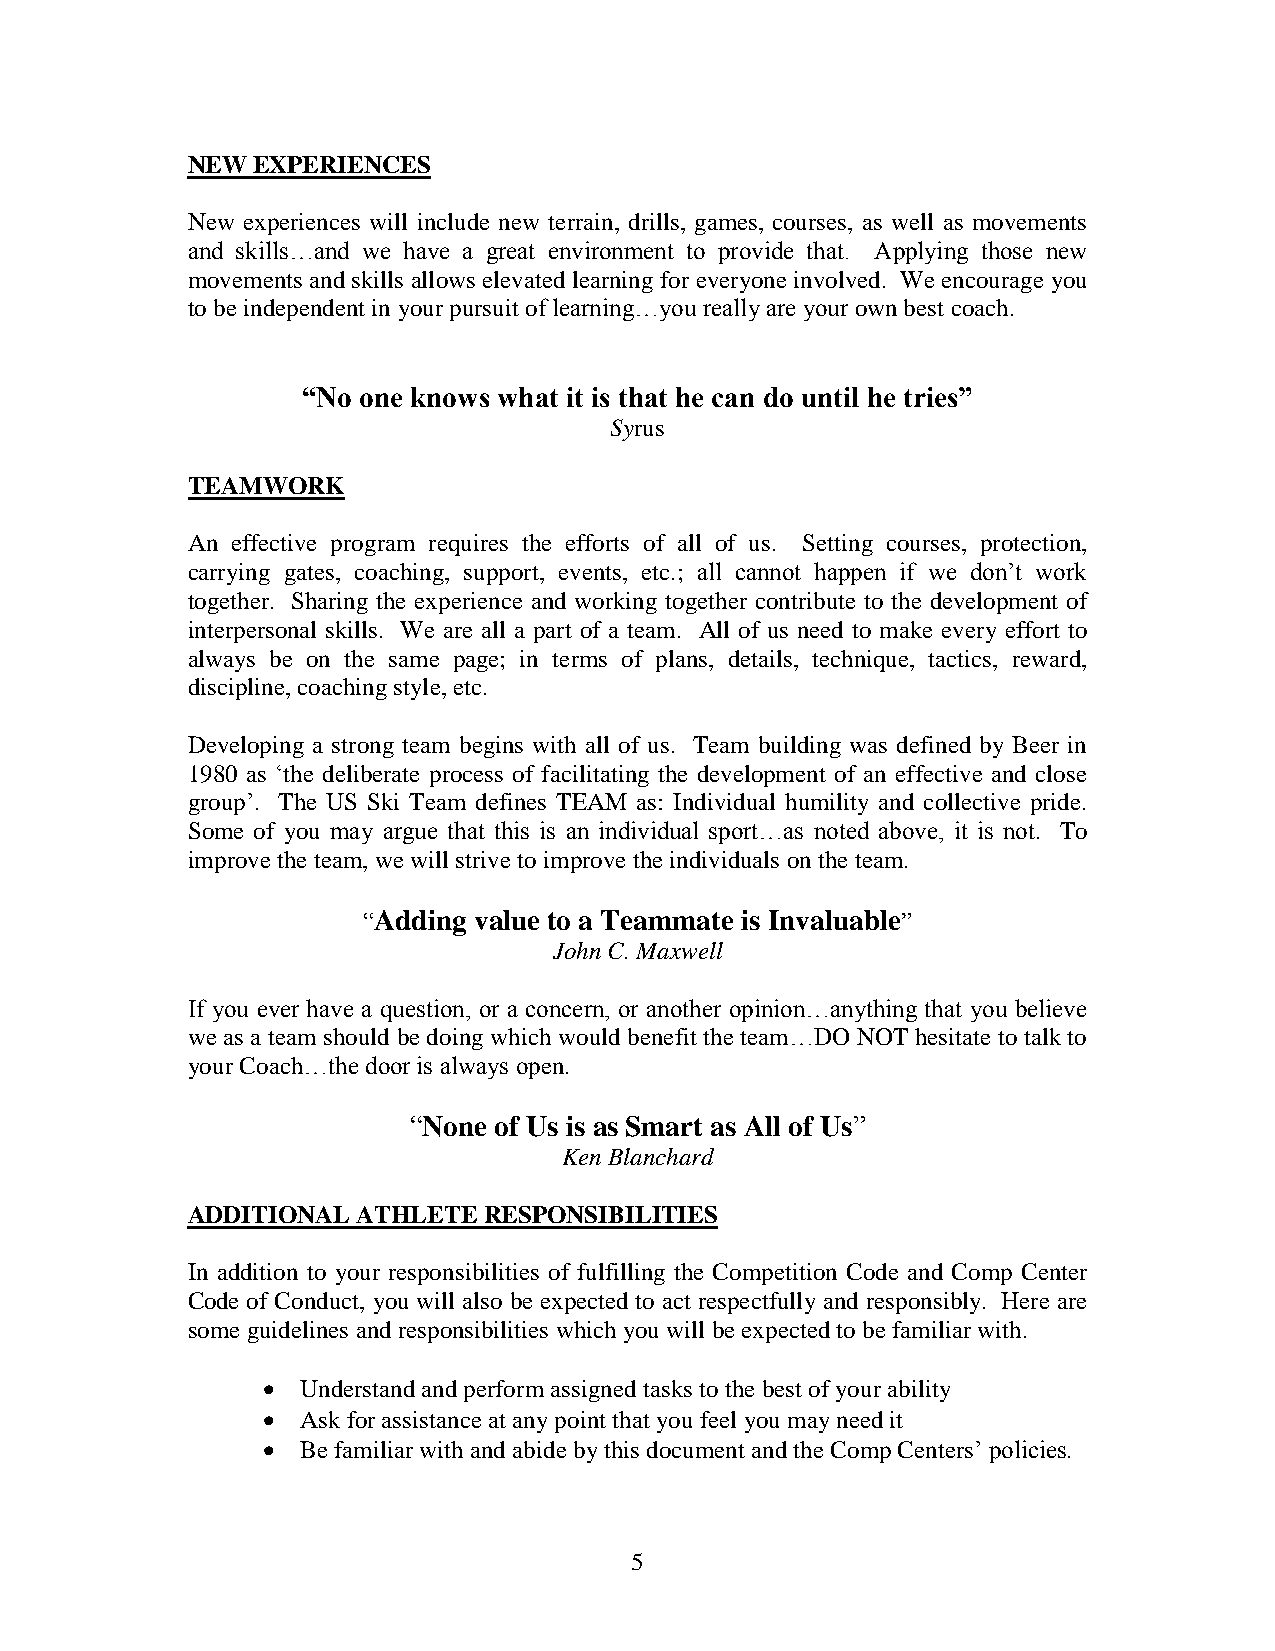
NEW  EXPERIENCES
 New experiences will include new terrain, drills, games, courses, as well as movements
 and skills…and we have a great environment to provide that. Applying those new
 movements and skills allows elevated learning for everyone involved. We encourage you
 to be independent in your pursuit of learning…you really are your own best coach.
 “No one knows what it is that he can do until he tries”
 Syrus
 TEAMWORK
 An effective program requires the efforts of all of us. Setting courses, protection,
 carrying gates, coaching, support, events, etc.; all cannot happen if we don’t work
 together. Sharing the experience and working together contribute to the development of
 interpersonal skills. We are all a part of a team. All of us need to make every effort to
 always be on the same page; in terms of plans, details, technique, tactics, reward,
 discipline, coaching style, etc.
 Developing a strong team begins with all of us. Team building was defined by Beer in
 1980 as ‘the deliberate process of facilitating the development of an effective and close
 group’. The US Ski Team defines TEAM as: Individual humility and collective pride.
 Some of you may argue that this is an individual sport…as noted above, it is not. To
 improve the team, we will strive to improve the individuals on the team.
 “Adding value to a Teammate is Invaluable”
 John C. Maxwell
 If you ever have a question, or a concern, or another opinion…anything that you believe
 we as a team should be doing which would benefit the team…DO NOT hesitate to talk to
 your Coach…the door is always open.
 “None of Us is as Smart as All of Us”
 Ken Blanchard
 ADDITIONAL  ATHLETE RESPONSIBILITIES
 In addition to your responsibilities of fulfilling the Competition Code and Comp Center
 Code of Conduct, you will also be expected to act respectfully and responsibly. Here are
 some guidelines and responsibilities which you will be expected to be familiar with.
   Understand and perform assigned tasks to the best of your ability
   Ask for assistance at any point that you feel you may need it
   Be familiar with and abide by this document and the Comp Centers’ policies.
 5